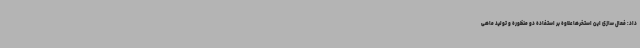
داد: فعال سازی این استخرها علاوه بر استفاده دو منظوره و تولید ماهی